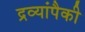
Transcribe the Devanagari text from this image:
द्रव्यांपैकी